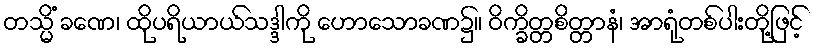
တသ္မိံ ခဏေ၊ ထိုပရိယာယ်သဒ္ဒါကို ဟောသောခဏ၌။ ဝိက္ခိတ္တစိတ္တာနံ၊ အာရုံတစ်ပါးတို့ဖြင့်